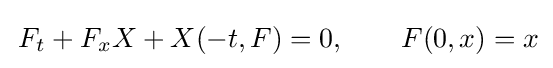
\,F_{t}+F_{x}X+X(-t,F)=0,\qquad F(0,x)=x